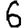
Digit: 6